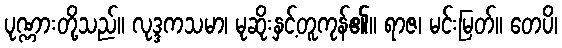
ပုဏ္ဏားတို့သည်။ လုဒ္ဒကသမာ၊ မုဆိုးနှင့်တူကုန်၏။ ရာဇ၊ မင်းမြတ်။ တေပိ၊